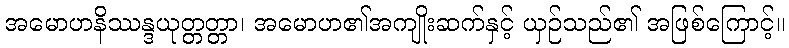
အမောဟနိဿန္ဒယုတ္တတ္တာ၊ အမောဟ၏အကျိုးဆက်နှင့် ယှဉ်သည်၏ အဖြစ်ကြောင့်။